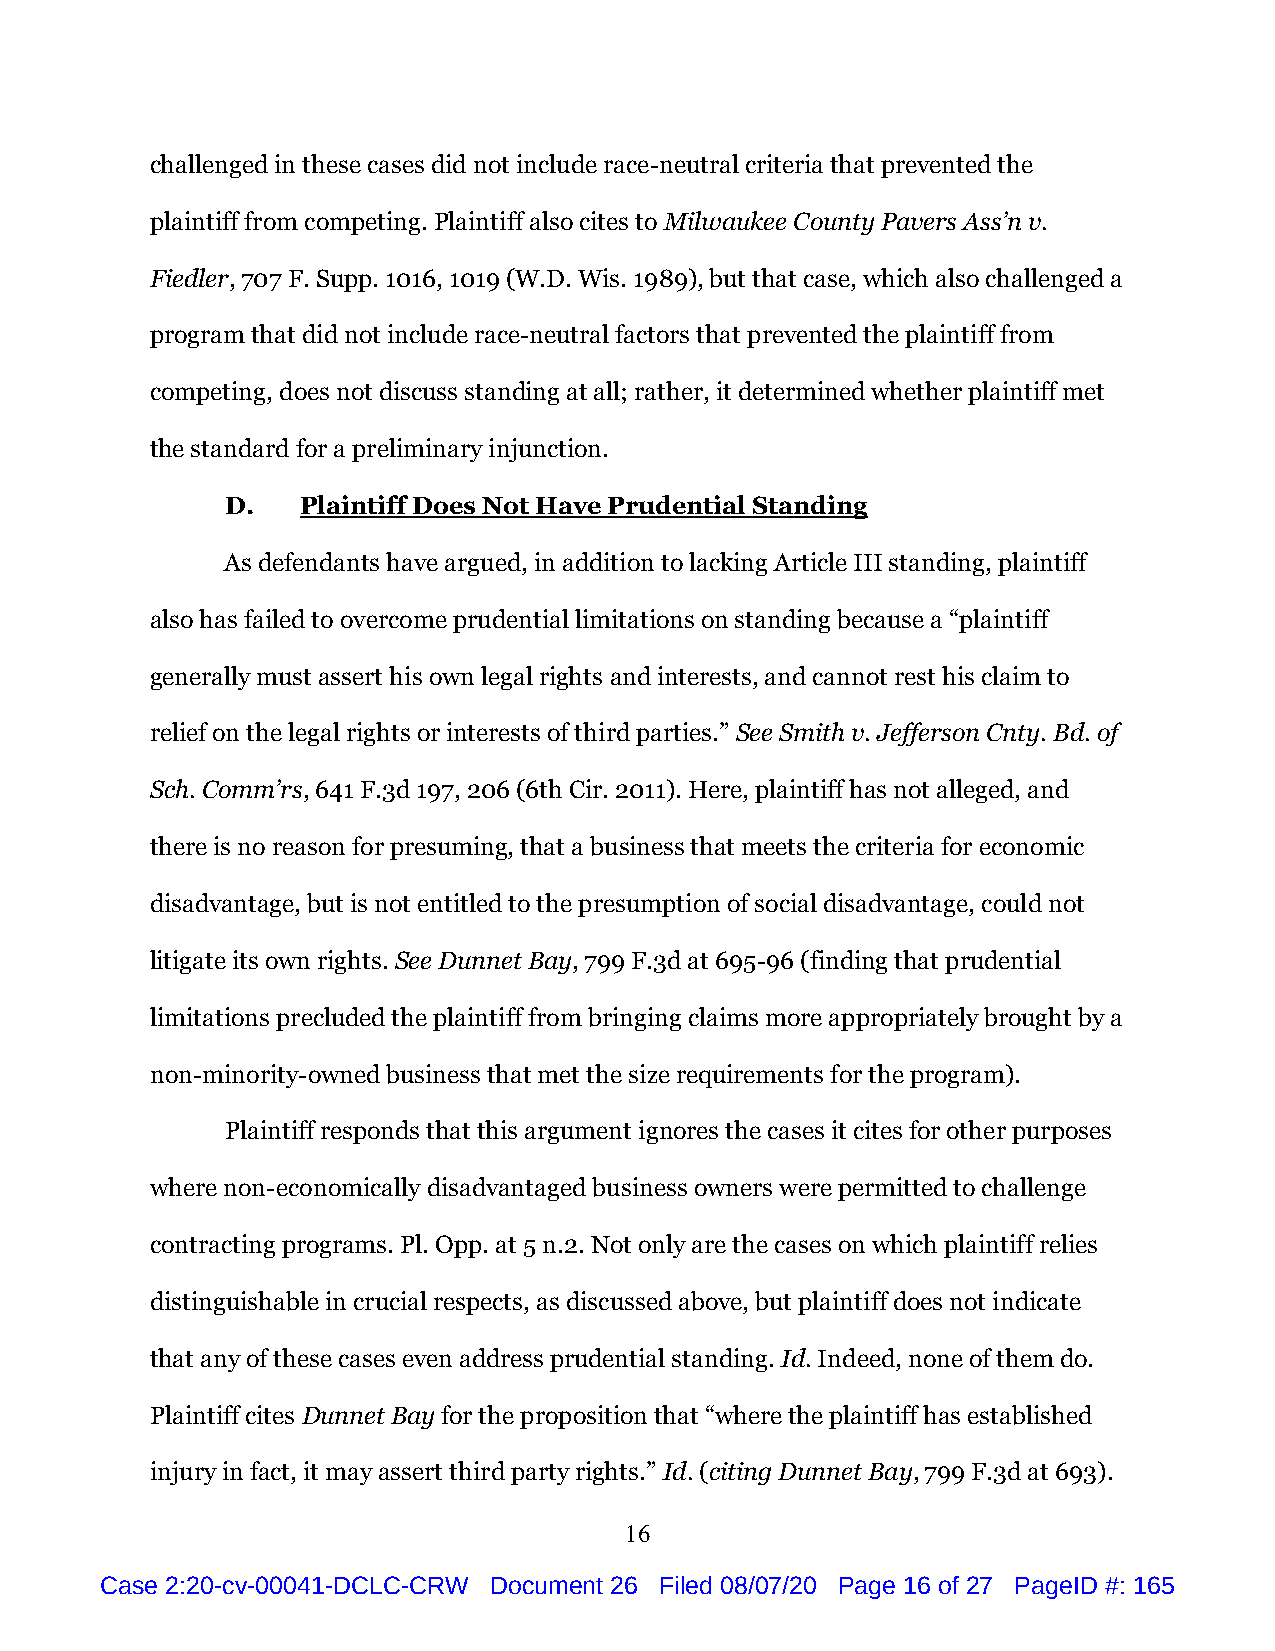
challenged in these cases did not include race-neutral criteria that prevented the
 plaintiff from competing. Plaintiff also cites to Milwaukee County Pavers Ass’n v.
 Fiedler, 707 F. Supp. 1016, 1019 (W.D. Wis. 1989), but that case, which also challenged a
 program that did not include race-neutral factors that prevented the plaintiff from
 competing, does not discuss standing at all; rather, it determined whether plaintiff met
 the standard for a preliminary injunction.
 D.   Plaintiff Does Not Have Prudential Standing
 As defendants have argued, in addition to lacking Article III standing, plaintiff
 also has failed to overcome prudential limitations on standing because a “plaintiff
 generally must assert his own legal rights and interests, and cannot rest his claim to
 relief on the legal rights or interests of third parties.” See Smith v. Jefferson Cnty. Bd. of
 Sch. Comm’rs, 641 F.3d 197, 206 (6th Cir. 2011). Here, plaintiff has not alleged, and
 there is no reason for presuming, that a business that meets the criteria for economic
 disadvantage, but is not entitled to the presumption of social disadvantage, could not
 litigate its own rights. See Dunnet Bay, 799 F.3d at 695-96 (finding that prudential
 limitations precluded the plaintiff from bringing claims more appropriately brought by a
 non-minority-owned business that met the size requirements for the program).
 Plaintiff responds that this argument ignores the cases it cites for other purposes
 where non-economically disadvantaged business owners were permitted to challenge
 contracting programs. Pl. Opp. at 5 n.2. Not only are the cases on which plaintiff relies
 distinguishable in crucial respects, as discussed above, but plaintiff does not indicate
 that any of these cases even address prudential standing. Id. Indeed, none of them do.
 Plaintiff cites Dunnet Bay for the proposition that “where the plaintiff has established
 injury in fact, it may assert third party rights.” Id. (citing Dunnet Bay, 799 F.3d at 693).
 16
 Case 2:20-cv-00041-DCLC-CRW Document 26 Filed 08/07/20 Page 16 of 27 PageID #: 165